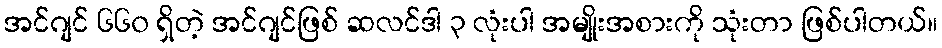
အင်ဂျင် ၆၆၀ ရှိတဲ့ အင်ဂျင်ဖြစ် ဆလင်ဒါ ၃ လုံးပါ အမျိုးအစားကို သုံးတာ ဖြစ်ပါတယ်။